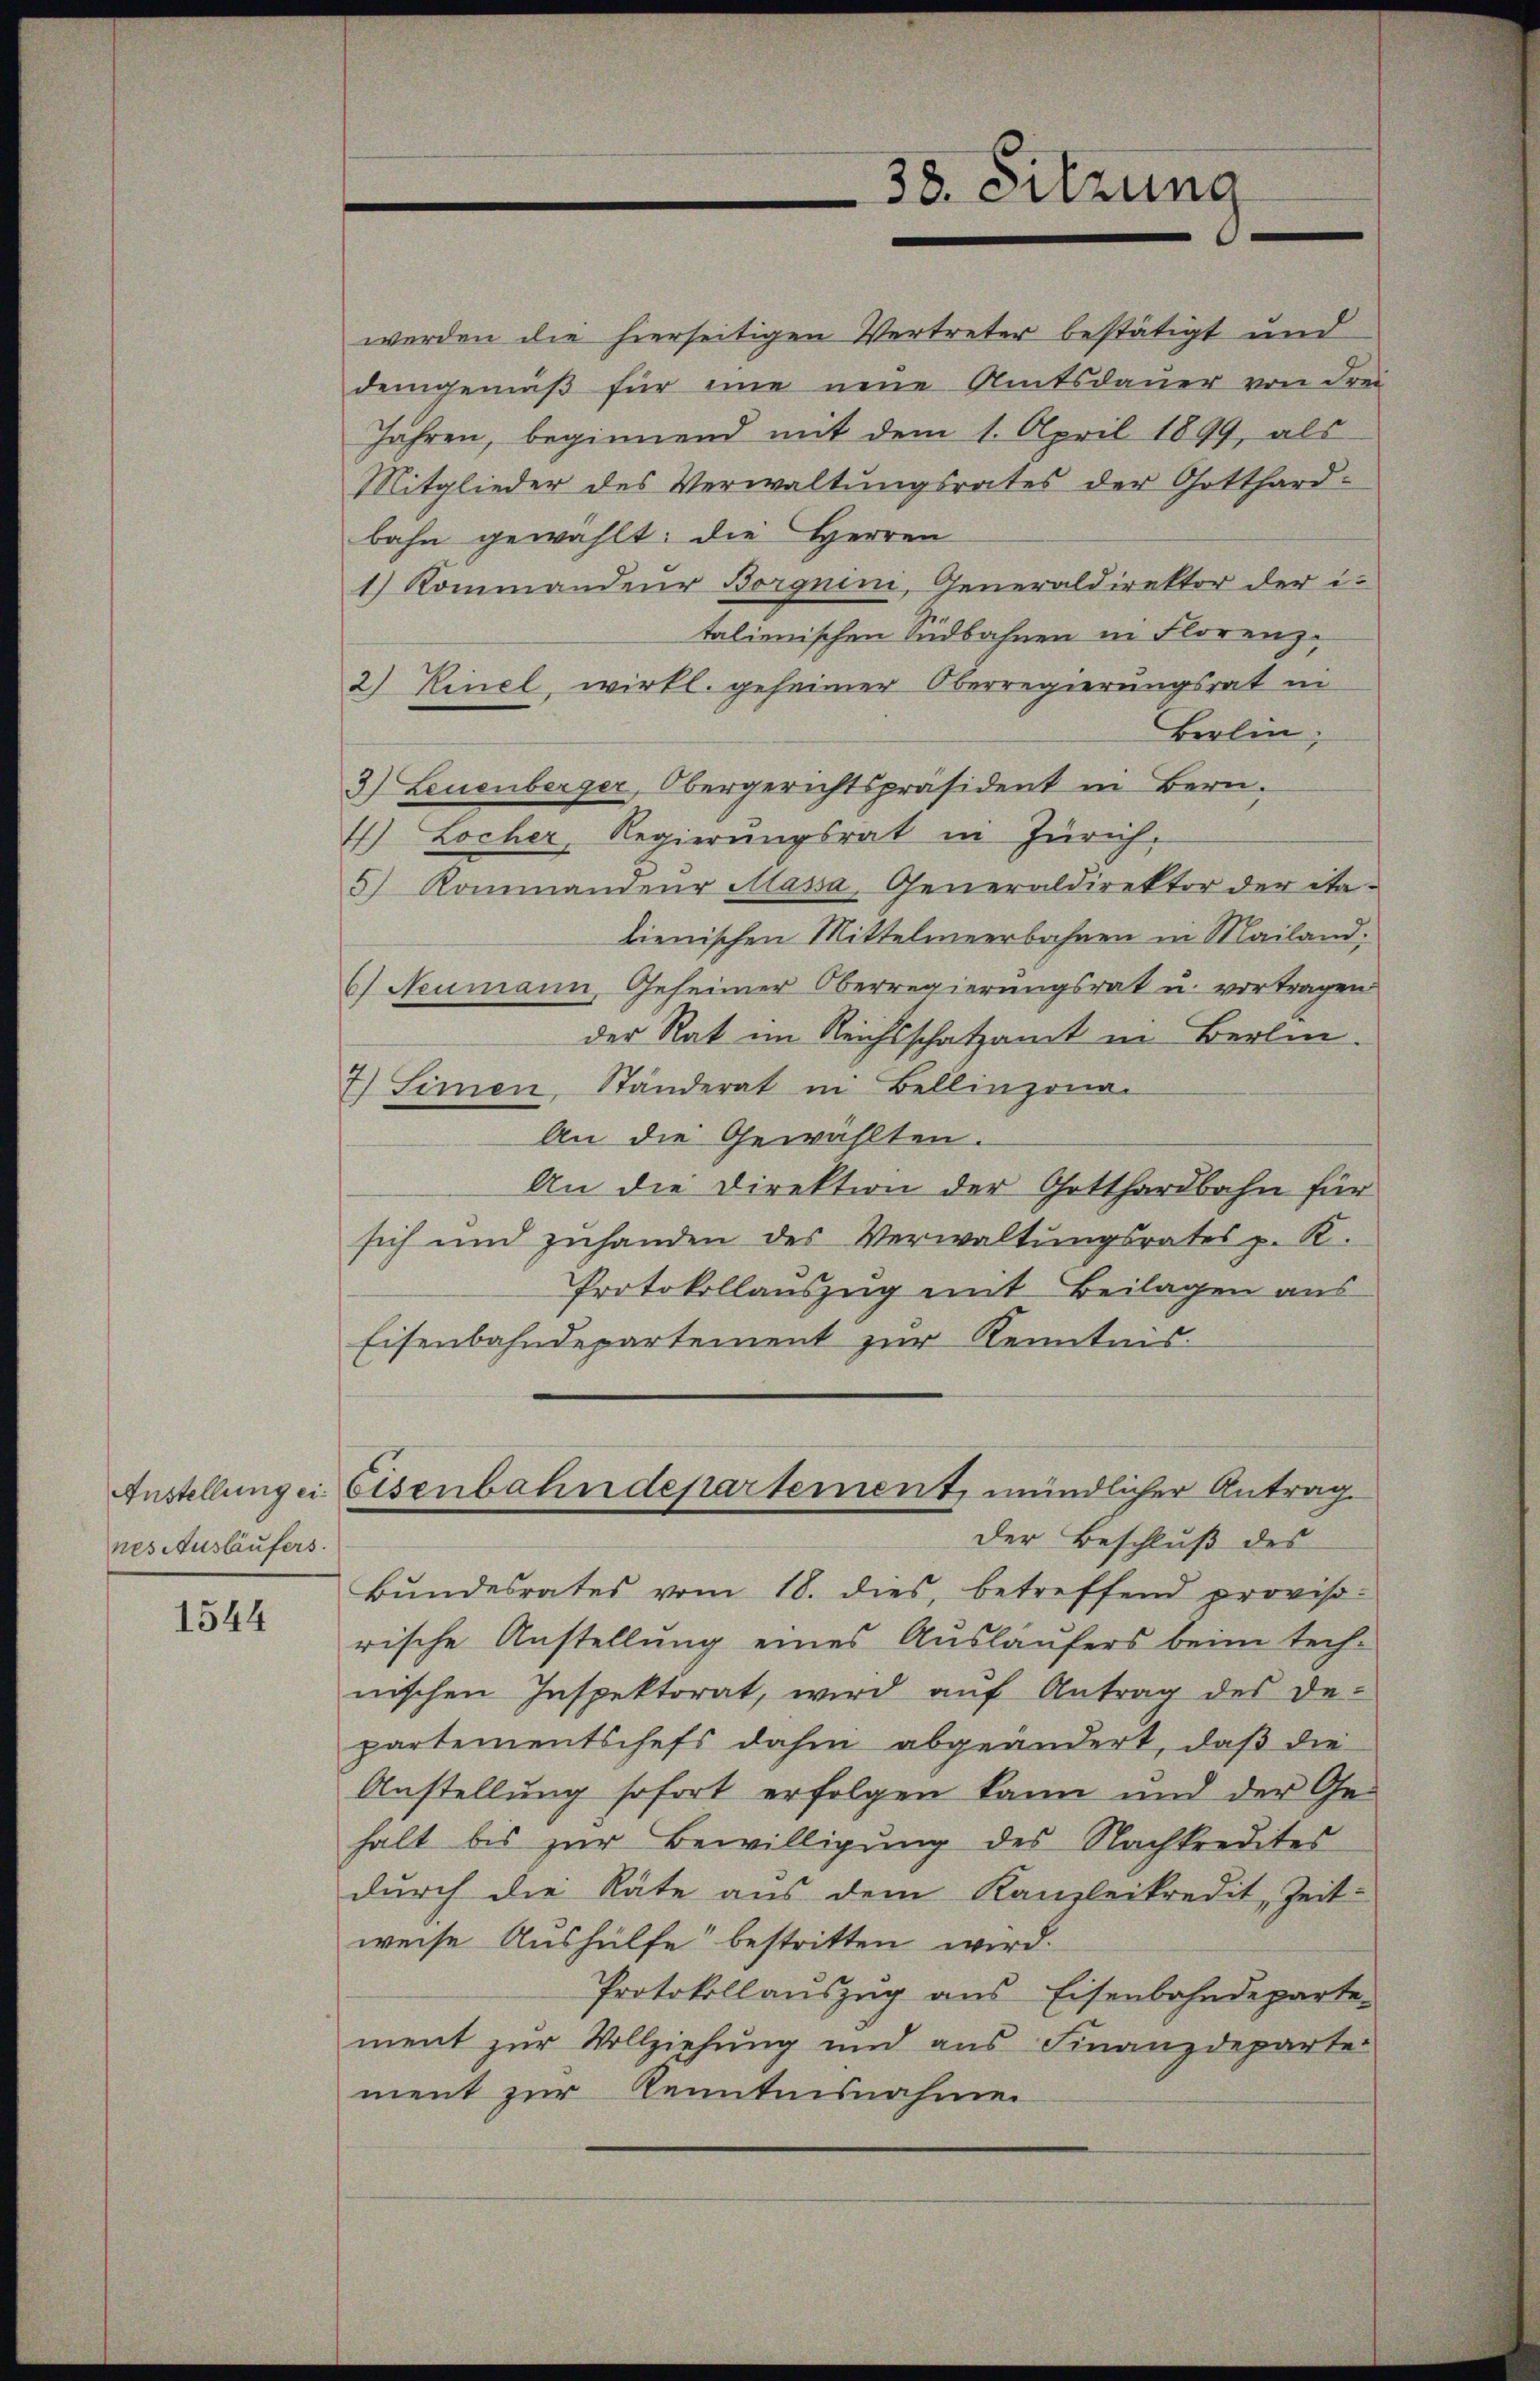
Anstellung ei
nes Ausläufers.

1544

werden die hierseitigen Vertreter bestätigt und
demgemäβ für eine neue Amtsdauer von drei
Jahren, beginnend mit dem 1. April 1899, als
Mitglieder des Verwaltungsrates der Gotthard-
bahn gewählt: die Herren
1) Kommandeur Borgnini, Generaldirektor der italienischen Südbahnen in Florenz¬
2) Kinel, wirkl. geheimer Oberregierungsrat in
Berlin,
3) Leuenberger, Obergerichtspräsident in Bern,
4) Locher, Regierungsrat in Zürich.
5) Kommandeur Massa, Generaldirektor der ita-
lienischen Mittelmeerbahnen in Mailand;
6) Neumann, Geheimer Oberregierungsrat u. vortragen
der Rat im Reichsschatzamt in Berlin.
I) Simmen Ständerat in Bellinzona.
An die Gewählten.
An die Direktion der Gotthardbahn für
sich und zŭhanden des Verwaltŭngsrates p. K.
Protokollauszug mit Beilagen aus
Eisenbahndepartement zur Kenntnis.
Eisenbahndepartement, mündlicher Antrag
Der Beschluß des
Bŭndesrates vom 18. dies, betreffend proviso-
rische Anstellung eines Ausläufers beim tech-
nischen Inspektorat, wird aŭf Antrag des de-
partementschefs dahin abgeändert, daß die
Anstellung sofort erfolgen kann und der Ge-
halt bis zur Bewilligung des Nachkredites
durch die Räte aus dem Kanzleikredit, Zeit-
weise Aushülfe bestritten wird.
Protokollauszug aus Eisenbahndeparte
ment zur Vollziehung und aus Finanzdeparte
ment zur Kenntnisnahme

38. Sitzung